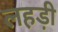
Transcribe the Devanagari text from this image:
लहड़ी